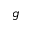
g